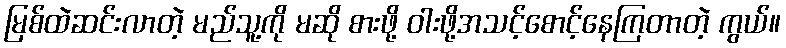
မြစ်ထဲဆင်းလာတဲ့ မည်သူ့ကို မဆို စားဖို့ ဝါးဖို့အသင့်စောင့်နေကြတာတဲ့ ကွယ်။